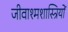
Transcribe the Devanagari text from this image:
जीवाश्मशास्त्रियों